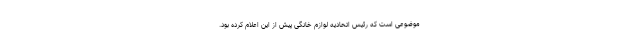
موضوعی است که رئیس اتحادیه لوازم خانگی پیش از این اعلام کرده بود.